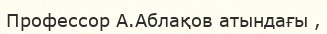
Профессор А.Аблақов атындағы ,